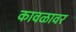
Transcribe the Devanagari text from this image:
कावळावर